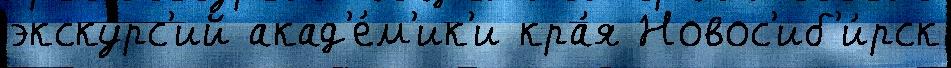
экску́рс'ий акад'е́м'ик'и кра́я Новос'иб'и́рск